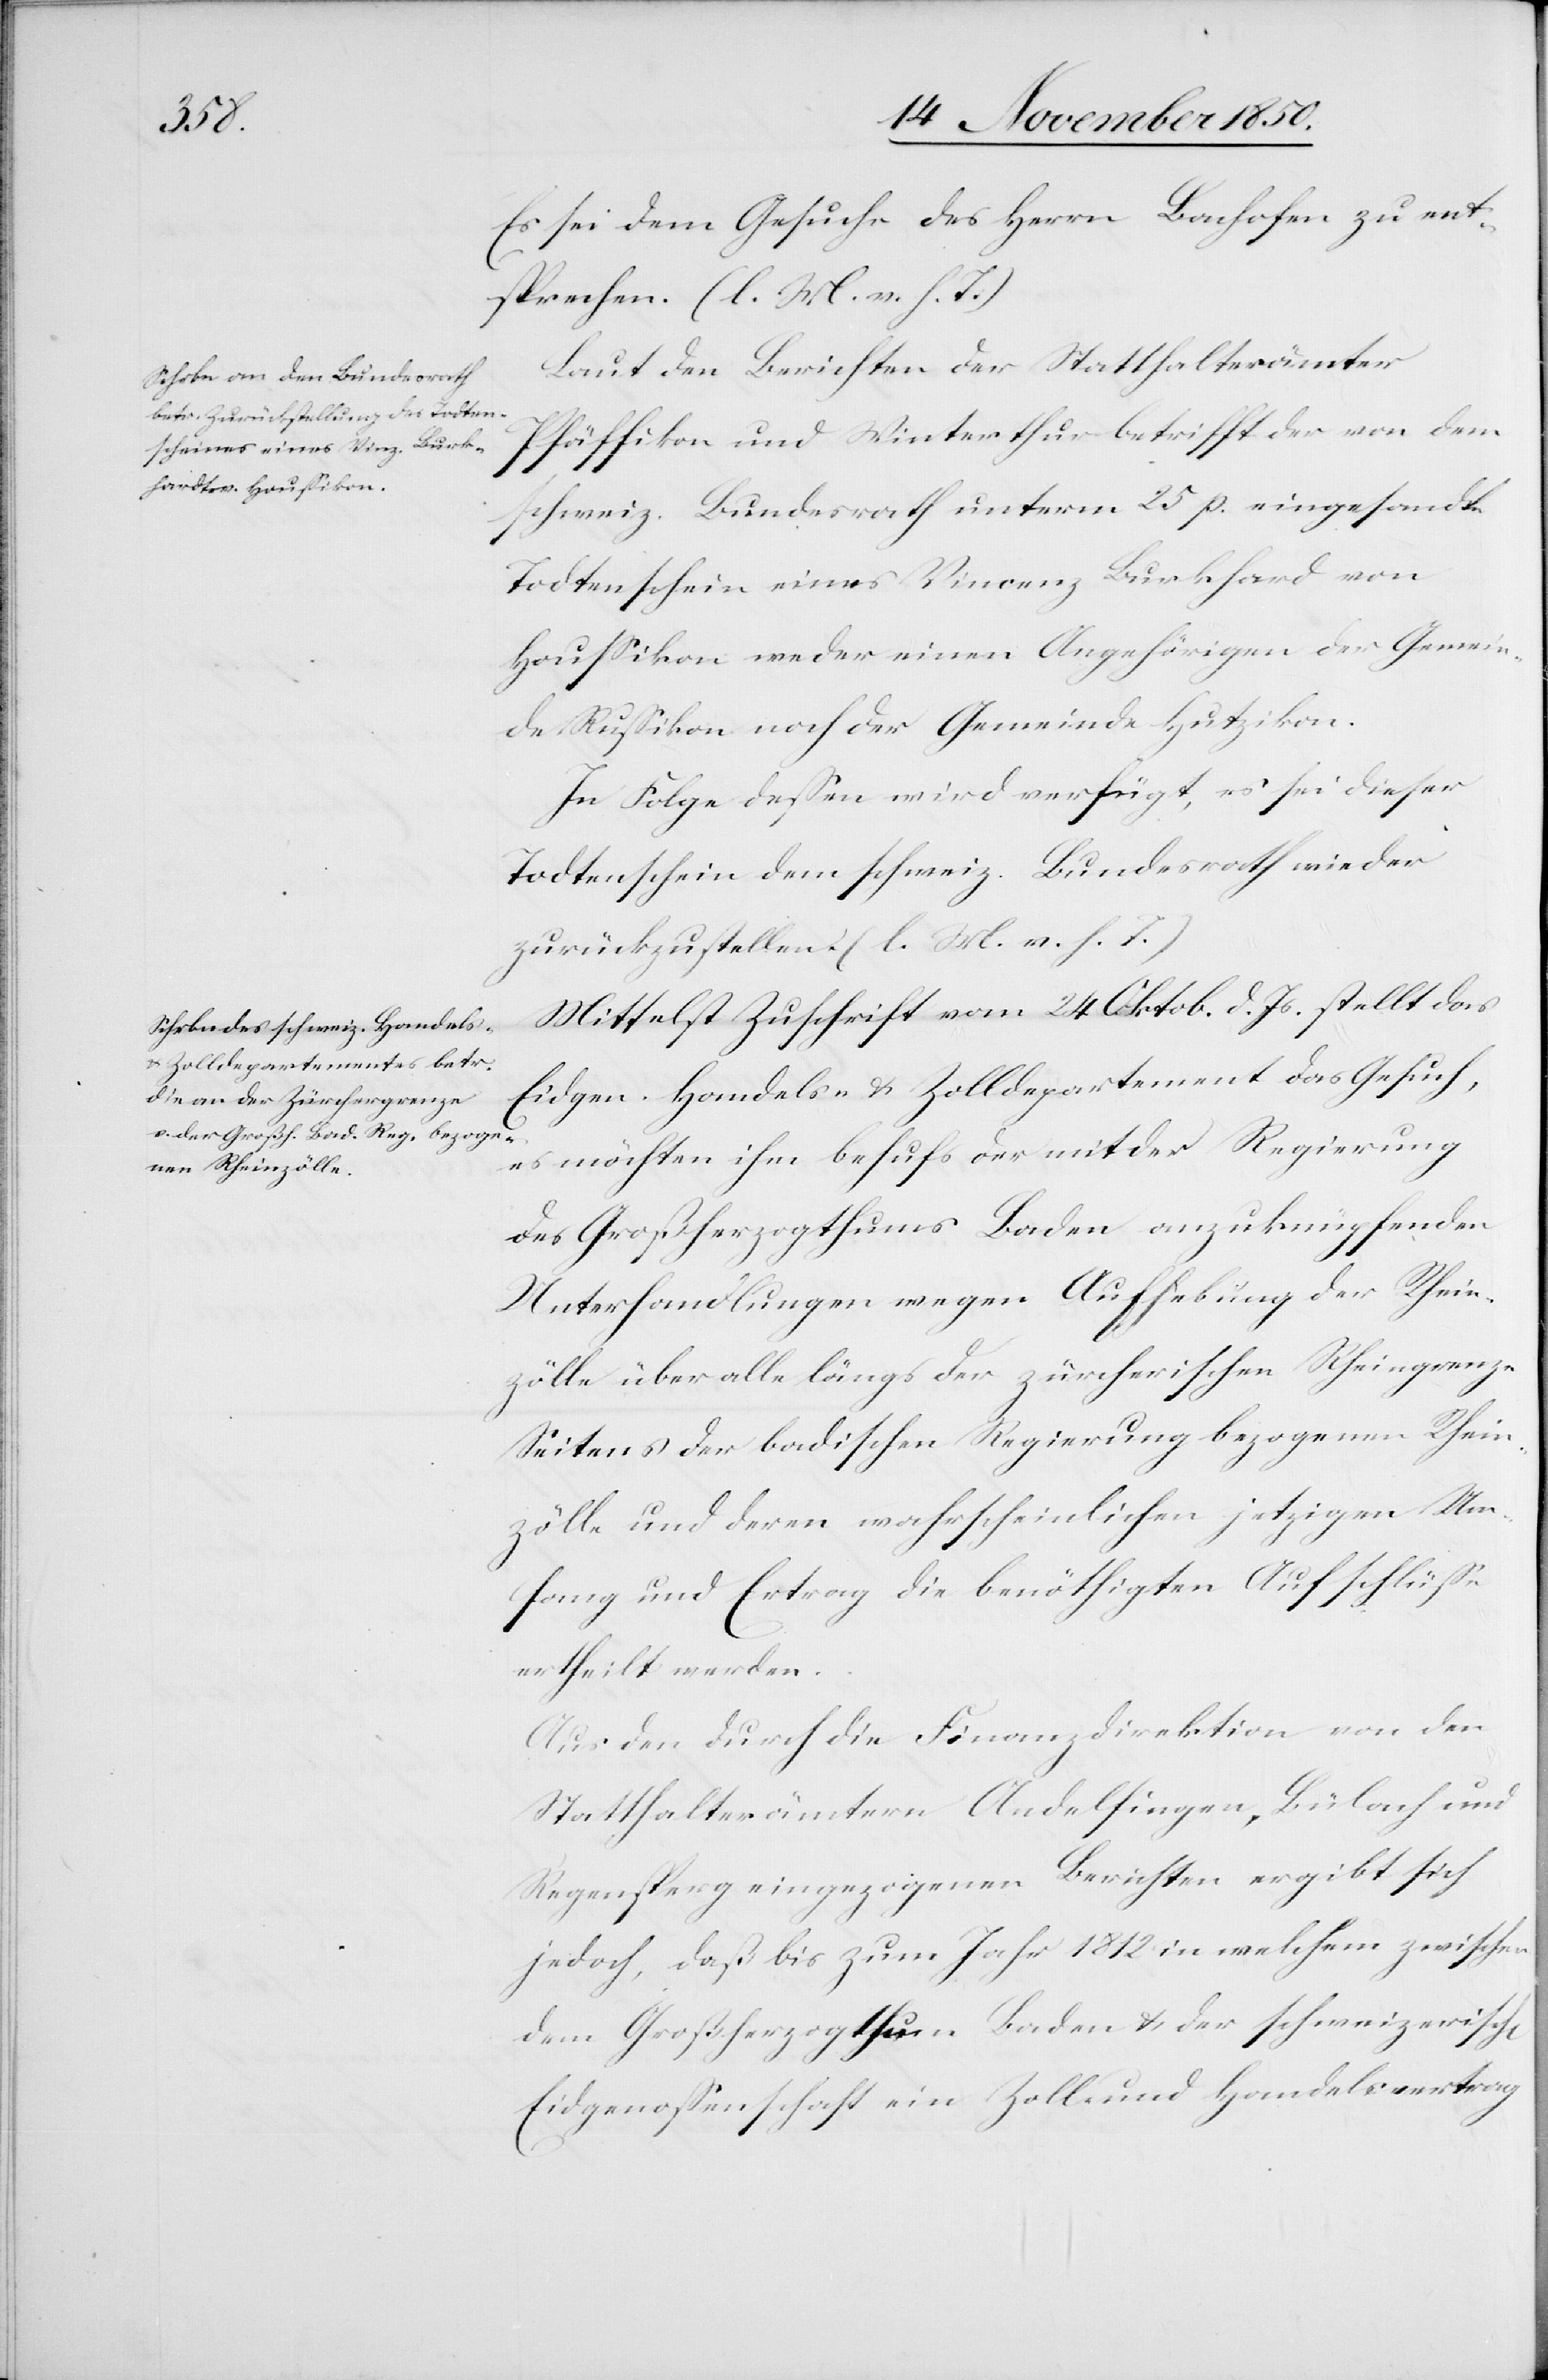
h[en]

Es sei dem Gesuche des Herrn Bachofen zu ent¬
sprechen. (l. M. v. h. T.)
Laut den Berichten der Statthalterämter
Pfäffikon und Winterthur betrifft der von dem
schweiz. Bundesrath unterm 25 p. eingesandte
Todtenschein eines Vincenz Burkhard
Haussikon weder einen Angehörigen der Gemein¬
de Russikon noch der Gemeinde Hutzikon.
In Folge dessen wird verfügt, es sei dieser
Todtenschein dem schweiz. Bundesrath wieder
zurückzustellen. (l. M. v. h. T.)
Mittelst Zuschrift vom 24 Oktob. d. Js. stellt das
Eidgen. Handels- u. Zolldepartement das Gesuch,
es möchten ihm behufs der mit der Regierung
des Großherzogthums Baden anzuknüpfenden
Unterhandlungen wegen Aufhebung der Rhein¬
zölle über alle längs der zürcherischen Rheingrenze
Seitens der badischen Regierung bezogenen Rhein¬
zölle und deren wahrscheinlichen jetzigen Um¬
fang und Ertrag die benöthigten Aufschlüsse
ertheilt werden.
Aus den durch die Finanzdirektion von den
Statthalterämtern Andelfingen, Bülach und
Regensperg eingezogenen Berichten ergibt sich
jedoch, daß bis zum Jahr 1812 in welchem zwischen
dem Großherzogthum Baden & der schweizerisc¬
Edigenossenschaft ein Zoll und Handelsvertrag